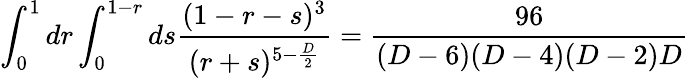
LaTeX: \int_{0}^{1}dr\int_{0}^{1-r}ds\frac{(1-r-s)^{3}}{(r+s)^{5-\frac{D}{2}}}=\frac{96}{(D-6)(D-4)(D-2)D}